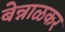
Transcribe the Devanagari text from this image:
बेन्नाळकर